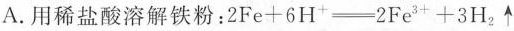
A.用稀盐酸溶解铁粉：$$2 F e + 6 H ^ { + } \xlongequal 2 F e ^ { 3 + } + 3 H _ { 2 } \uparrow$$